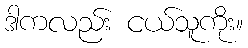
ဒါကလည်း ငယ်သူကိုး။